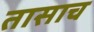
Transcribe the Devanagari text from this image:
तासाच